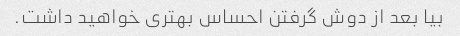
بیا بعد از دوش گرفتن احساس بهتری خواهید داشت.